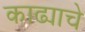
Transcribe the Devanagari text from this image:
काढ्याचे